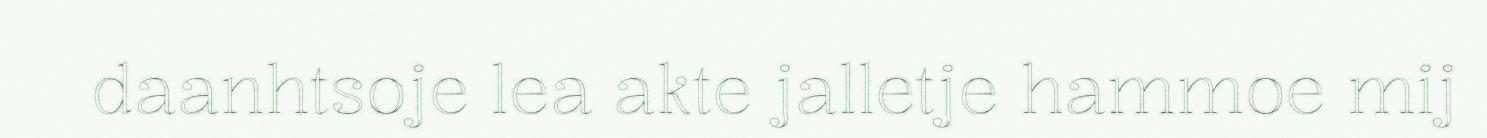
daanhtsoje lea akte jalletje hammoe mij